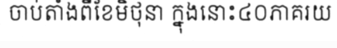
ចាប់តាំងពីខែមិថុនា ក្នុងនោះ៤០ភាគរយ